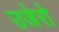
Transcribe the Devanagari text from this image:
उजेरो